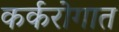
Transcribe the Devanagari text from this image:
कर्करोगात